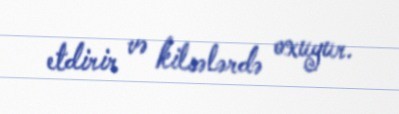
etdirir və kilsələrdə oxuyur.